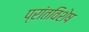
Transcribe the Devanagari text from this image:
प्रांतविशेष